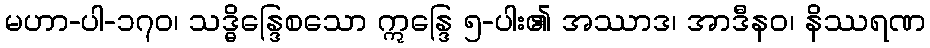
မဟာ-ပါ-၁၇၀၊ သဒ္ဓိန္ဒြေစသော ဣန္ဒြေ ၅-ပါး၏ အဿာဒ၊ အာဒီနဝ၊ နိဿရဏ